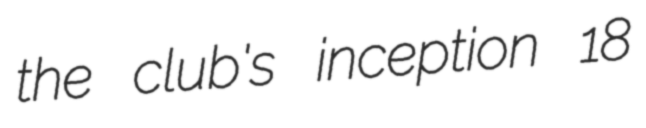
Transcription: the club's inception 18